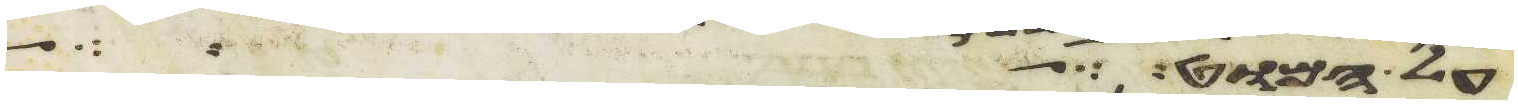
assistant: על המוט ועל